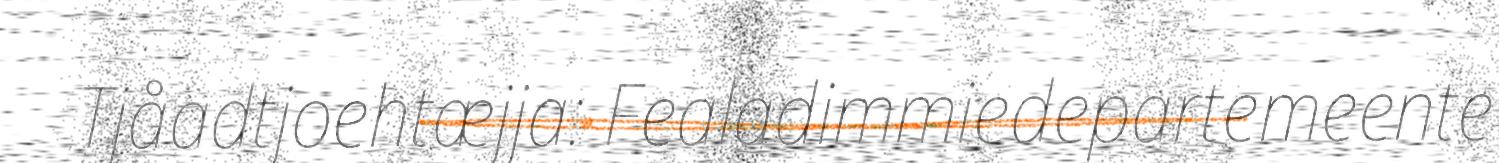
Tjåadtjoehtæjja: Fealadimmiedepartemeente